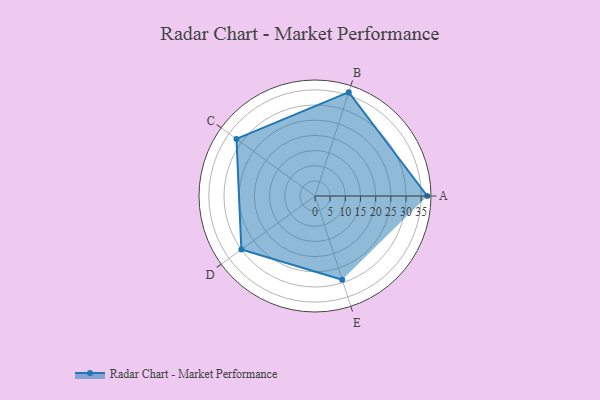
{"axis": {"x": "Skill", "y": "Score"}, "legend": ["Profile"], "data": [{"x": "A", "y": 37.0, "type": "Profile"}, {"x": "B", "y": 36.0, "type": "Profile"}, {"x": "C", "y": 32.0, "type": "Profile"}, {"x": "D", "y": 30.0, "type": "Profile"}, {"x": "E", "y": 29.0, "type": "Profile"}]}